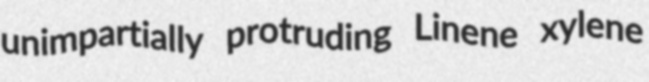
unimpartially protruding Linene xylene